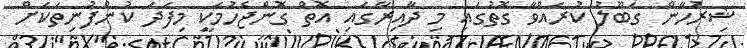
ޝިރުހާން ގަބޫލު ކުރައްވާ ގޮތުގައި މި ދާއިރާގައި އޮތް ގޮންޖެހުމަކީ މިފަދަ ކުންފުނިތަކަށް